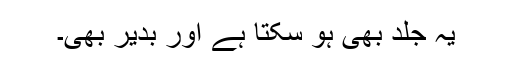
یہ جلد بھی ہو سکتا ہے اور بدیر بھی۔